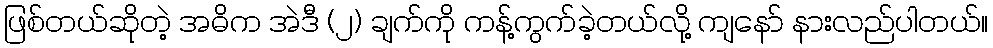
ဖြစ်တယ်ဆိုတဲ့ အဓိက အဲဒီ (၂) ချက်ကို ကန့်ကွက်ခဲ့တယ်လို့ ကျနော် နားလည်ပါတယ်။